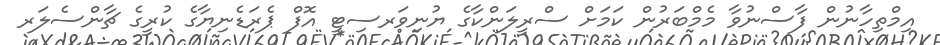
އިމްތިހާނުން ފާސްނުވާ މެމްބަރުން ކަމަށް ސްރީލަންކާގެ ޔުނިވަރސިޓީ އޮފް ޕެރަޑެނިޔާގެ ކުރީގެ ޗާންސެލަރ